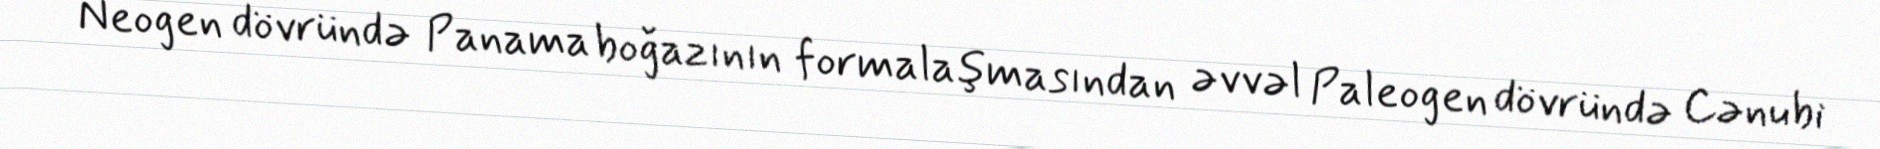
Neogen dövründə Panama boğazının formalaşmasından əvvəl Paleogen dövründə Cənubi